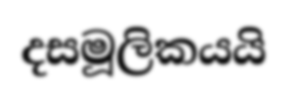
දසමූලිකයයි